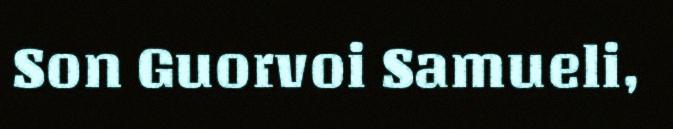
Son Guorvoi Samueli,